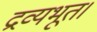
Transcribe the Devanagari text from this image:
द्रव्यभूत।